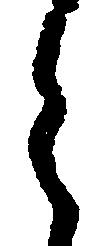
う